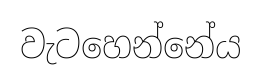
වැටහෙන්නේය